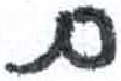
אות: ם